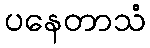
ပနေတာသံ